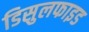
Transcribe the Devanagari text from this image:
डिसुलफाइड